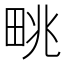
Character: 𤱩